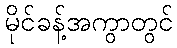
မိုင်ခန့်အကွာတွင်